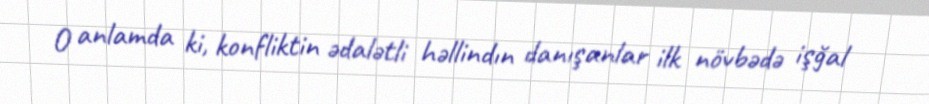
O anlamda ki, konfliktin ədalətli həllindın danışanlar ilk növbədə işğal